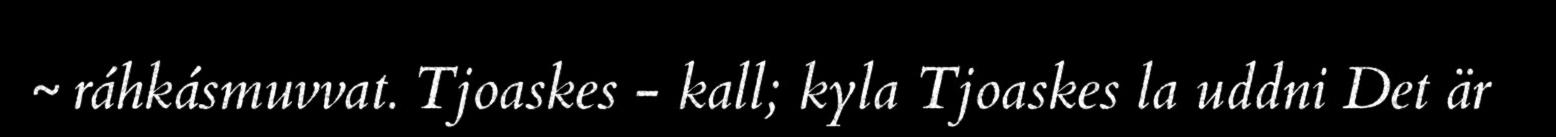
~ ráhkásmuvvat. Tjoaskes - kall; kyla Tjoaskes la uddni Det är